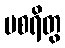
ပစရိတွ